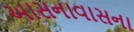
આસનાવાસના